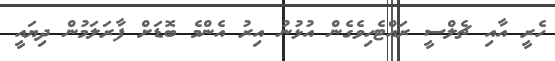
ހެރީ އާއި ޗެލްސީ ރައްޓެހިވެގެން އުޅުނު އިރު އެންމެ ބޮޑަށް ފާރަލަމުން ދިޔައީ